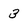
Character: 3